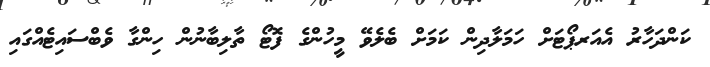
ކަންދަހާރު އެއަރޕޯޓަށް ހަމަލާދިން ކަމަށް ބެލެވޭ މީހުންގެ ފޮޓޯ ތާލިބާނުން ހިންގާ ވެބްސައިޓެއްގައި